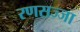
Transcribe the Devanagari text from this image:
रणसज्जा